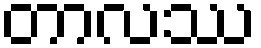
တာလဿ